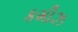
કમીઝ